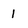
Character: 1